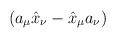
LaTeX: \begin{align*}(a_{\mu}\hat{x}_{\nu}-\hat{x}_{\mu}a_{\nu})\end{align*}